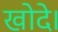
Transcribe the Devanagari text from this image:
खोदे।